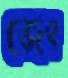
জেৎ